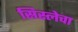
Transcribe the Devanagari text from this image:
सिस्लेचा